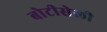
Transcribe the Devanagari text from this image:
बोटीसेली